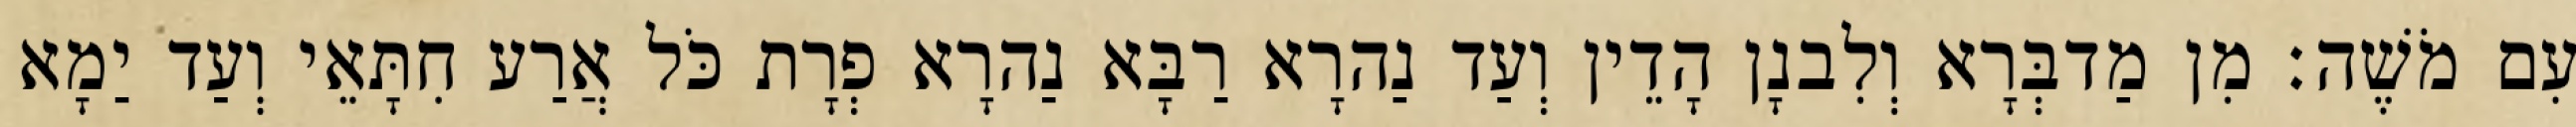
עִם מֹשֶׁה׃ מִן מַדבְּרָא וְלִבנָן הָדֵין וְעַד נַהרָא רַבָּא נַהרָא פְרָת כֹּל אֲרַע חִתָּאֵי וְעַד יַמָא